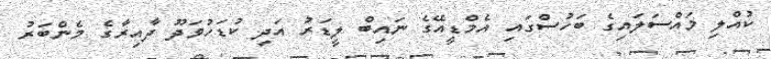
ކުއްލި މައްސަލައިގެ ބަހުސްގައި އެމްޑީއޭގެ ނައިބް ލީޑަރު އަދި ކުޑަހުވަދޫ ދާއިރާގެ މެންބަރު